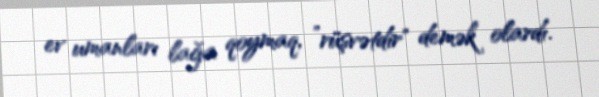
ev umanları lağa qoymaq, ”rüşvətdir" demək olardı.